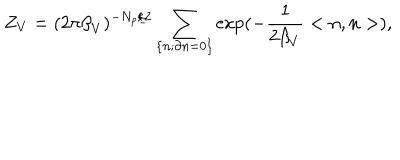
LaTeX: Z _ { V } = ( 2 \pi { \beta } _ { V } ) ^ { - N _ { p } / 2 } \sum _ { \left\{ n ; \partial n = 0 \right\} } \exp ( - \frac { 1 } { 2 { \beta } _ { V } } < n , n > ) ,